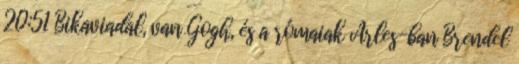
20:51 Bikaviadal, van Gogh, és a rómaiak Arles-ban Brendel